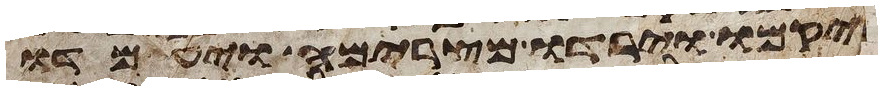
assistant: ויקמו וירדו מצרימה ויעמדו